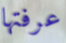
عرفتها